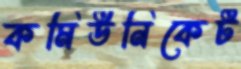
কমিউনিকেট